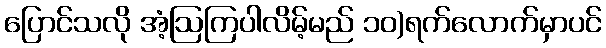
ပြောင်သလို အံ့ဩကြပါလိမ့်မည် ၁၀)ရက်လောက်မှာပင်